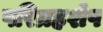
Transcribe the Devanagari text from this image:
परिग्रहशेष